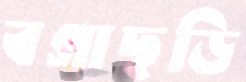
বগাছড়ি